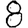
Digit: 8